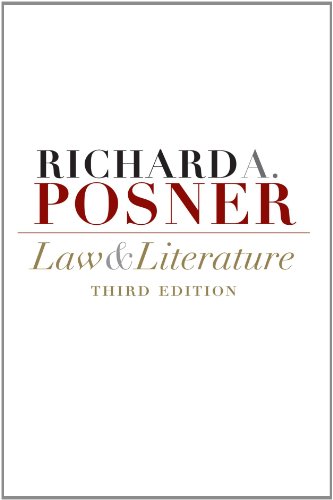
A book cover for Law and Literature: Third Edition; Richard A. Posner; Law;